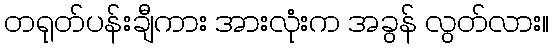
တရုတ်ပန်းချီကား အားလုံးက အခွန် လွတ်လား။